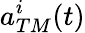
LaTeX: a_{TM}^{i}(t)